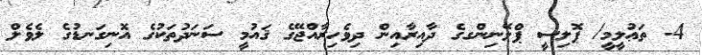
4- ތަޢުލީމީ/ ޕޮލިސީ ޕްލޭނިންގގެ ދާއިރާއިން ދިވެހިރާއްޖޭގެ ޤައުމީ ސަނަދުތަކުގެ އޮނިގަނޑުގެ ލެވެލް